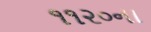
૧૧૨૦ના